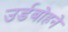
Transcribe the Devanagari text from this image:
उर्डबोहने